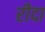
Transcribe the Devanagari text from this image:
रीदा